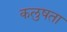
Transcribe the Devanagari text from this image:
कलुषता